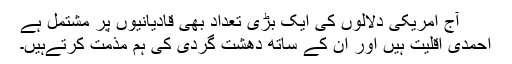
آج امریکی دلالوں کی ایک بڑی تعداد بھی قادیانیوں پر مشتمل ہے
احمدی اقلیت ہیں اور ان کے ساتھ دھشت گردی کی ہم مذمت کرتےہیں۔